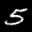
Label: 5